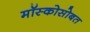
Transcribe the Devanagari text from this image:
मॉस्कोसोबत